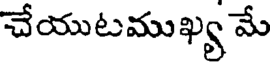
చేయుటముఖ్య మే